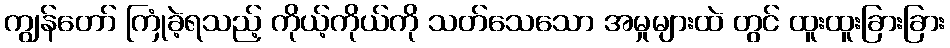
ကျွန်တော် ကြုံခဲ့ရသည့် ကိုယ့်ကိုယ်ကို သတ်သေသော အမှုများထဲ တွင် ထူးထူးခြားခြား